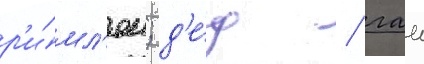
р'и́мл'ян; д'е́д / гаи